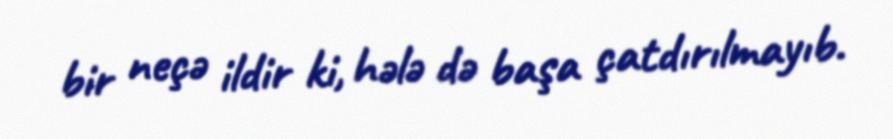
bir neçə ildir ki, hələ də başa çatdırılmayıb.